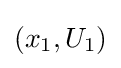
(x_{1},U_{1})